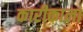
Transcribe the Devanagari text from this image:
कारीकाला